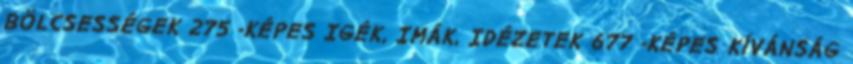
BÖLCSESSÉGEK 275 -KÉPES IGÉK, IMÁK, IDÉZETEK 677 -KÉPES KÍVÁNSÁG